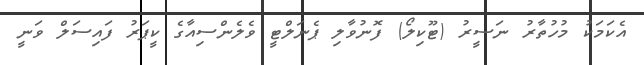
އެކަމަކު މުހުތާރު ނަސީރު (ޓޫކިލޯ) ފޮނުވާލި ޕެނަލްޓީ ވެލެންސިއާގެ ކީޕަރު ފައިސަލް ވަނީ